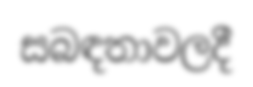
සබඳතාවලදී